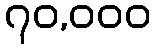
၇၀,၀၀၀